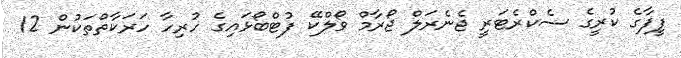
ފީފާގެ ކުރީގެ ސެކްރެޓަރީ ޖެނެރަލް ޖޯރާމް ވޯލްކޭ ފުޓްބޯޅައިގެ ހުރިހާ ހަރަކާތްތަކުން 12